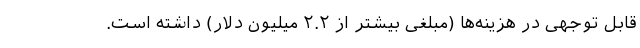
قابل توجهی در هزینه‌ها (مبلغی بیشتر از ۲.۲ میلیون دلار) داشته است.